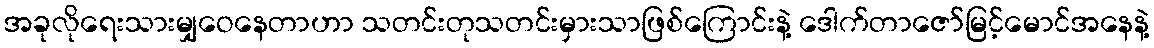
အခုလိုရေးသားမျှဝေနေတာဟာ သတင်းတုသတင်းမှားသာဖြစ်ကြောင်းနဲ့ ဒေါက်တာဇော်မြင့်မောင်အနေနဲ့